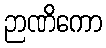
ဉာဏိကော